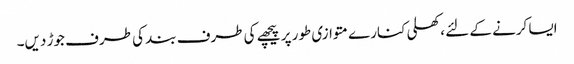
ایسا کرنے کے لئے ، کھلی کنارے متوازی طور پر پیچھے کی طرف بند کی طرف جوڑ دیں۔